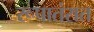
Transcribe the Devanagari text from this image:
रूपातंरात